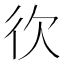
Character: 𢓑